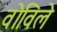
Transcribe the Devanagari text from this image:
वोविले